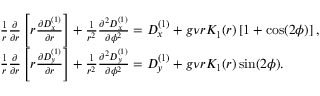
\begin{array} { r l } & { \frac { 1 } { r } \frac { \partial } { \partial r } \left[ r \frac { \partial D _ { x } ^ { ( 1 ) } } { \partial r } \right] + \frac { 1 } { r ^ { 2 } } \frac { \partial ^ { 2 } D _ { x } ^ { ( 1 ) } } { \partial \phi ^ { 2 } } = D _ { x } ^ { ( 1 ) } + g \nu r K _ { 1 } ( r ) \left[ 1 + \cos ( 2 \phi ) \right] , } \\ & { \frac { 1 } { r } \frac { \partial } { \partial r } \left[ r \frac { \partial D _ { y } ^ { ( 1 ) } } { \partial r } \right] + \frac { 1 } { r ^ { 2 } } \frac { \partial ^ { 2 } D _ { y } ^ { ( 1 ) } } { \partial \phi ^ { 2 } } = D _ { y } ^ { ( 1 ) } + g \nu r K _ { 1 } ( r ) \sin ( 2 \phi ) . } \end{array}